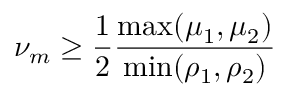
\nu _ { m } \geq \frac { 1 } { 2 } \frac { \operatorname* { m a x } ( \mu _ { 1 } , \mu _ { 2 } ) } { \operatorname* { m i n } ( \rho _ { 1 } , \rho _ { 2 } ) }